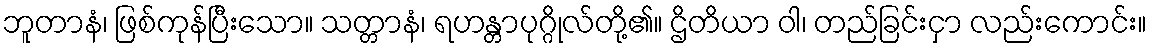
ဘူတာနံ၊ ဖြစ်ကုန်ပြီးသော။ သတ္တာနံ၊ ရဟန္တာပုဂ္ဂိုလ်တို့၏။ ဌိတိယာ ဝါ၊ တည်ခြင်းငှာ လည်းကောင်း။